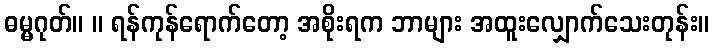
ဓမ္မဂုတ်။ ။ ရန်ကုန်ရောက်တော့ အစိုးရက ဘာများ အထူးလျှောက်သေးတုန်း။